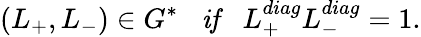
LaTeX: (L_{+},L_{-})\in G^{*}\; \; \; \mathrm{\mathit{if}}\; \; \; L_{+}^{diag}L_{-}^{diag}=1.